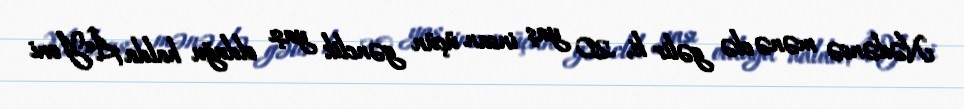
Nədənsə mənə elə gəlir ki, 20 yaş insan üçün gənclik yaşı olduğu halda Â«Yeni